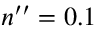
n _ { \mathrm { ~ } } ^ { \prime \prime } = 0 . 1